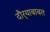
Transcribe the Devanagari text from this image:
दौर्‍याबाबत